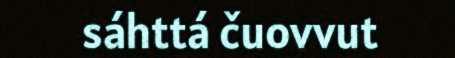
sáhttá čuovvut